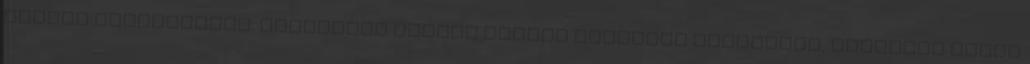
árulni Veszprémben. Egyébként Schuch István Timuzsin édesanyja, Schuchné Püren